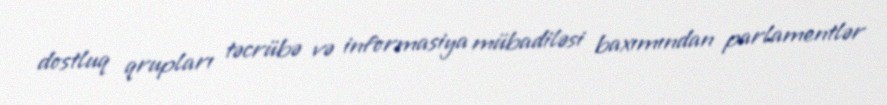
dostluq qrupları təcrübə və informasiya mübadiləsi baxımından parlamentlər